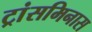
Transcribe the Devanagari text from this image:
ट्रांसमिनास